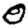
Digit: 0